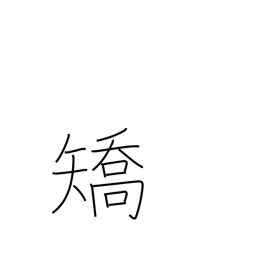
Meaning: cure